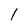
Character: l